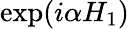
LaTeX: \exp(i\alpha H_{1})